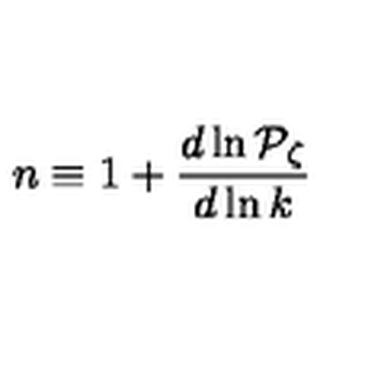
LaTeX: n \equiv 1 + { \frac { d \ln { \cal P } _ { \zeta } } { d \ln k } }